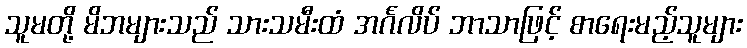
သူမတို့ မိဘများသည် သားသမီးထံ အင်္ဂလိပ် ဘာသာဖြင့် စာရေးမည့်သူများ